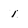
Character: 1